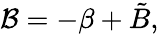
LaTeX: \mathcal{B}=-\beta+\tilde{B},